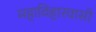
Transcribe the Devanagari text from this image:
महाविहारवासी